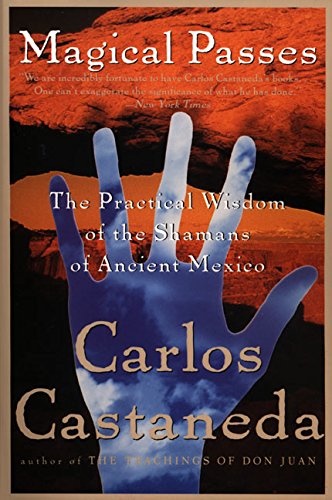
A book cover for Magical Passes: The Practical Wisdom of the Shamans of Ancient Mexico; Carlos Castaneda; Religion & Spirituality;